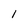
Character: 1